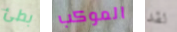
بطئ الموكب لقد